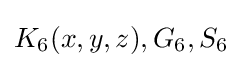
K_{6}(x,y,z),G_{6},S_{6}